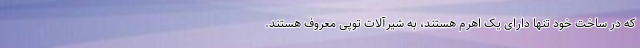
که در ساخت خود تنها دارای یک اهرم هستند، به شیرآلات توپی معروف هستند.